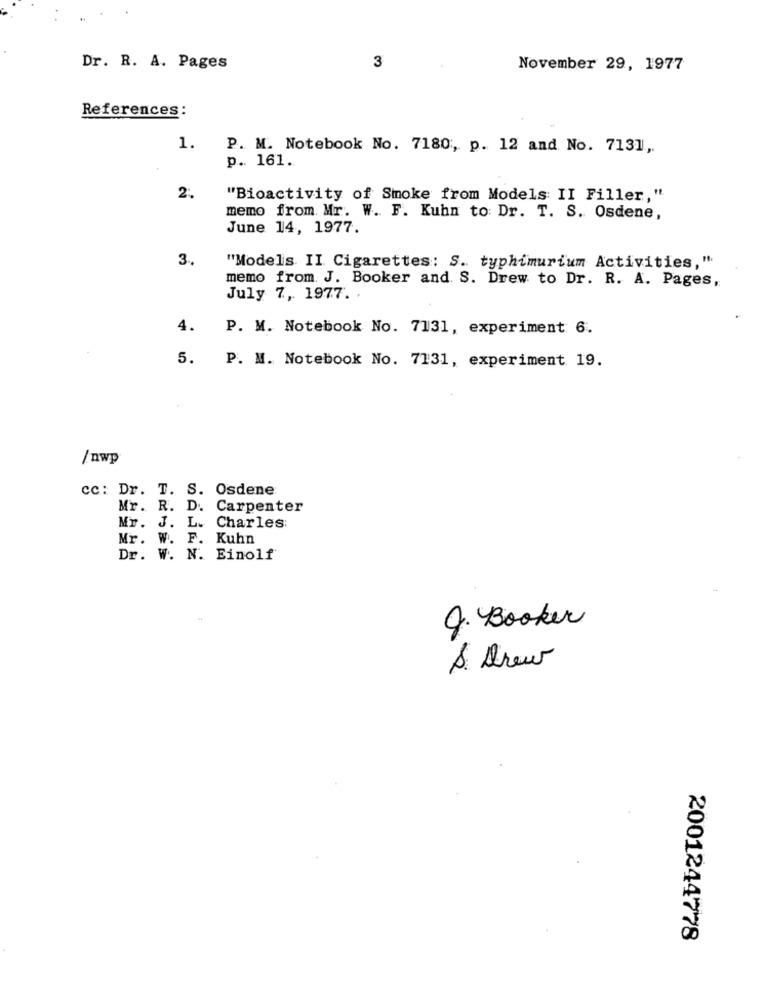
Dr. R. A. Pages
3
November 29, 1977
References:
1.
P. M. Notebook No. 7180, p. 12 and No. 7131,
p. 161.
2.
"Bioactivity of Smoke from Models II Filler,"
memo from Mr. W. F. Kuhn to Dr. T. S. Osdene,
June 14, 1977.
3 ..
"Models. II Cigarettes: S. typhimurium Activities,"
memo from. J. Booker and S. Drew to Dr. R. A. Pages,
July 7, 1977.
4.
P. M. Notebook No. 7131, experiment 6.
5.
P. M. Notebook No. 7131, experiment 19.
/nwp
cc: Dr. T. S. Osdene
Mr. R. D. Carpenter
Mr. J. L. Charles:
Mr. W. F. Kuhn
Dr. W. N. Einolf
Q. Booker
A. Drew
2001244778